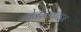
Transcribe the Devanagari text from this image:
बेनेजोकाइन